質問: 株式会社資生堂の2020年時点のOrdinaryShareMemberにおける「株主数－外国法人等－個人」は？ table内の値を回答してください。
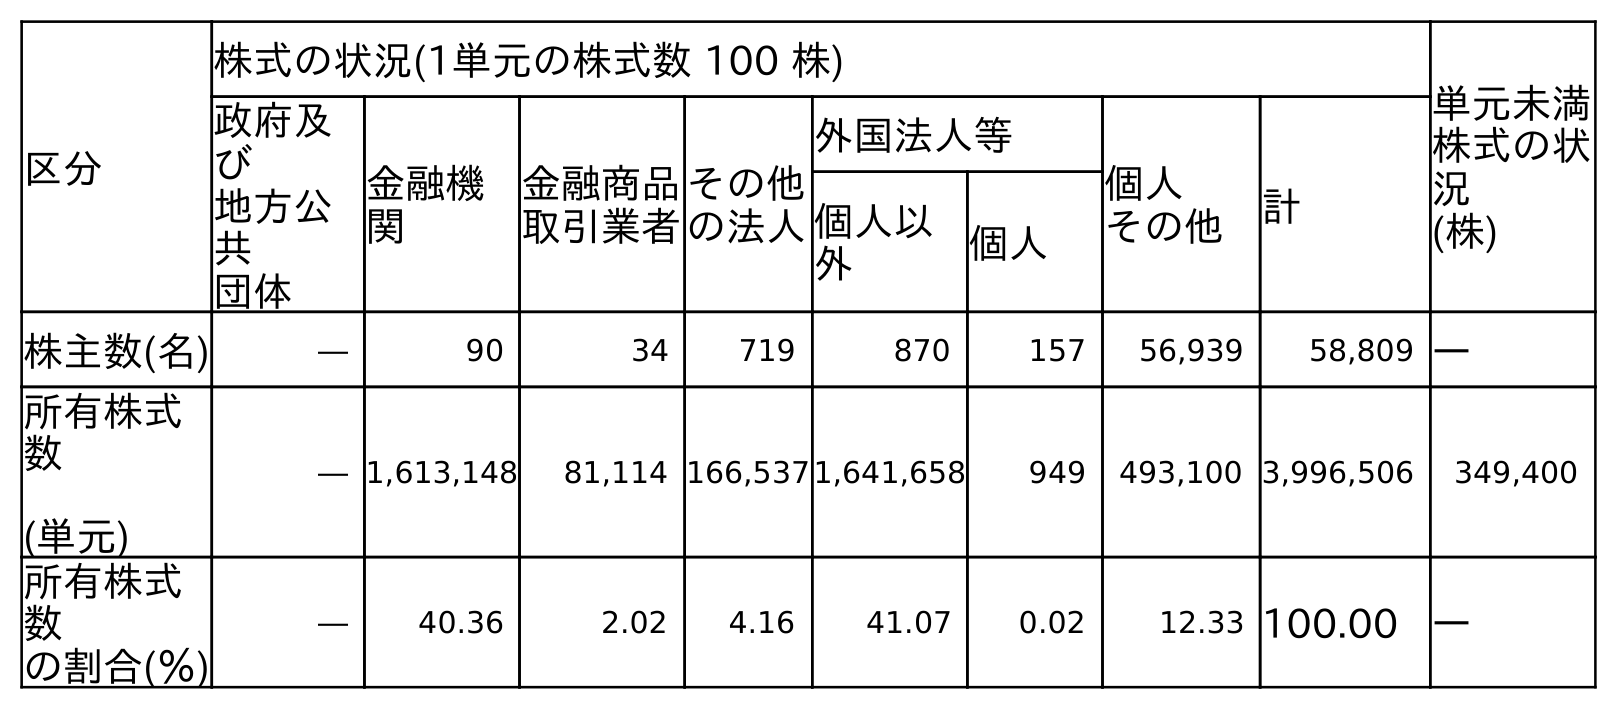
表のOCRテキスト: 区分 株式の状況(1単元の株式数 100 株) 単元未満 株式の状 況 (株) 政府及 び 地方公 共 団体 金融機 関 金融商品 取引業者 その他 の法人 外国法人等 個人 その他 計 個人以 外 個人 株主数(名) ― 90 34 719 870 157 56,939 58,809 ― 所有株式 数 (単元) ― 1,613,148 81,114 166,5371,641,658 949 493,100 3,996,506 349,400 所有株式 数 の割合(％) ― 40.36 2.02 4.16 41.07 0.02 12.33 100.00 ―
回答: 157